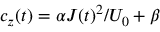
c _ { z } ( t ) = \alpha J ( t ) ^ { 2 } / U _ { 0 } + \beta